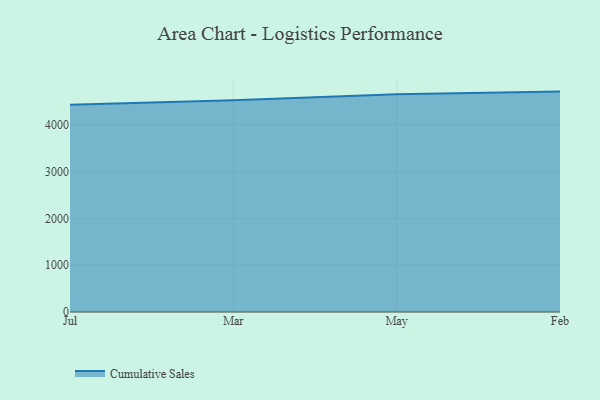
{"axis": {"x": "Month", "y": "Inventory Turnover"}, "legend": ["Cumulative Sales"], "data": [{"x": "Jul", "y": 4424.6, "type": "Cumulative Sales"}, {"x": "Mar", "y": 4522.8, "type": "Cumulative Sales"}, {"x": "May", "y": 4648.3, "type": "Cumulative Sales"}, {"x": "Feb", "y": 4706.9, "type": "Cumulative Sales"}]}